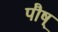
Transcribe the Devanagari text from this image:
पौष्